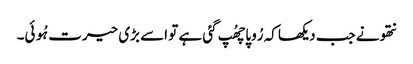
نتھو نے جب دیکھا کہ رُوپا چھُپ گئی ہے تو اسے بڑی حیرت ہُوئی۔